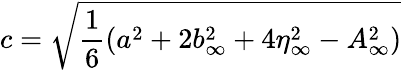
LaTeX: c=\sqrt{\frac{1}{6}\left(a^{2}+2b_{\infty}^{2}+4\eta_{\infty}^{2}-A_{\infty}^{2}\right)}